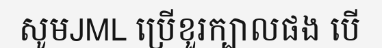
សូមJML ប្រើខួរក្បាលផង បើ